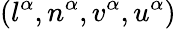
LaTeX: (l^{\alpha},n^{\alpha},v^{\alpha},u^{\alpha})